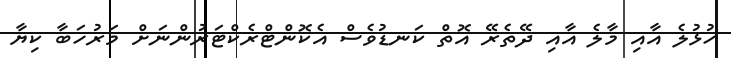
ހުޅުލެ އާއި މާލެ އާއި ދޭތެރޭ އޮތް ކަނޑުވެސް އެކޮންޓްރެކްޓަރުންނަށް މަރުހަބާ ކިޔާ